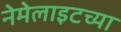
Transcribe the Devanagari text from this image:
नेमेलाइटच्या